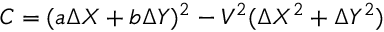
C = ( a \Delta { X } + b \Delta { Y } ) ^ { 2 } - V ^ { 2 } ( \Delta { X } ^ { 2 } + \Delta { Y } ^ { 2 } )